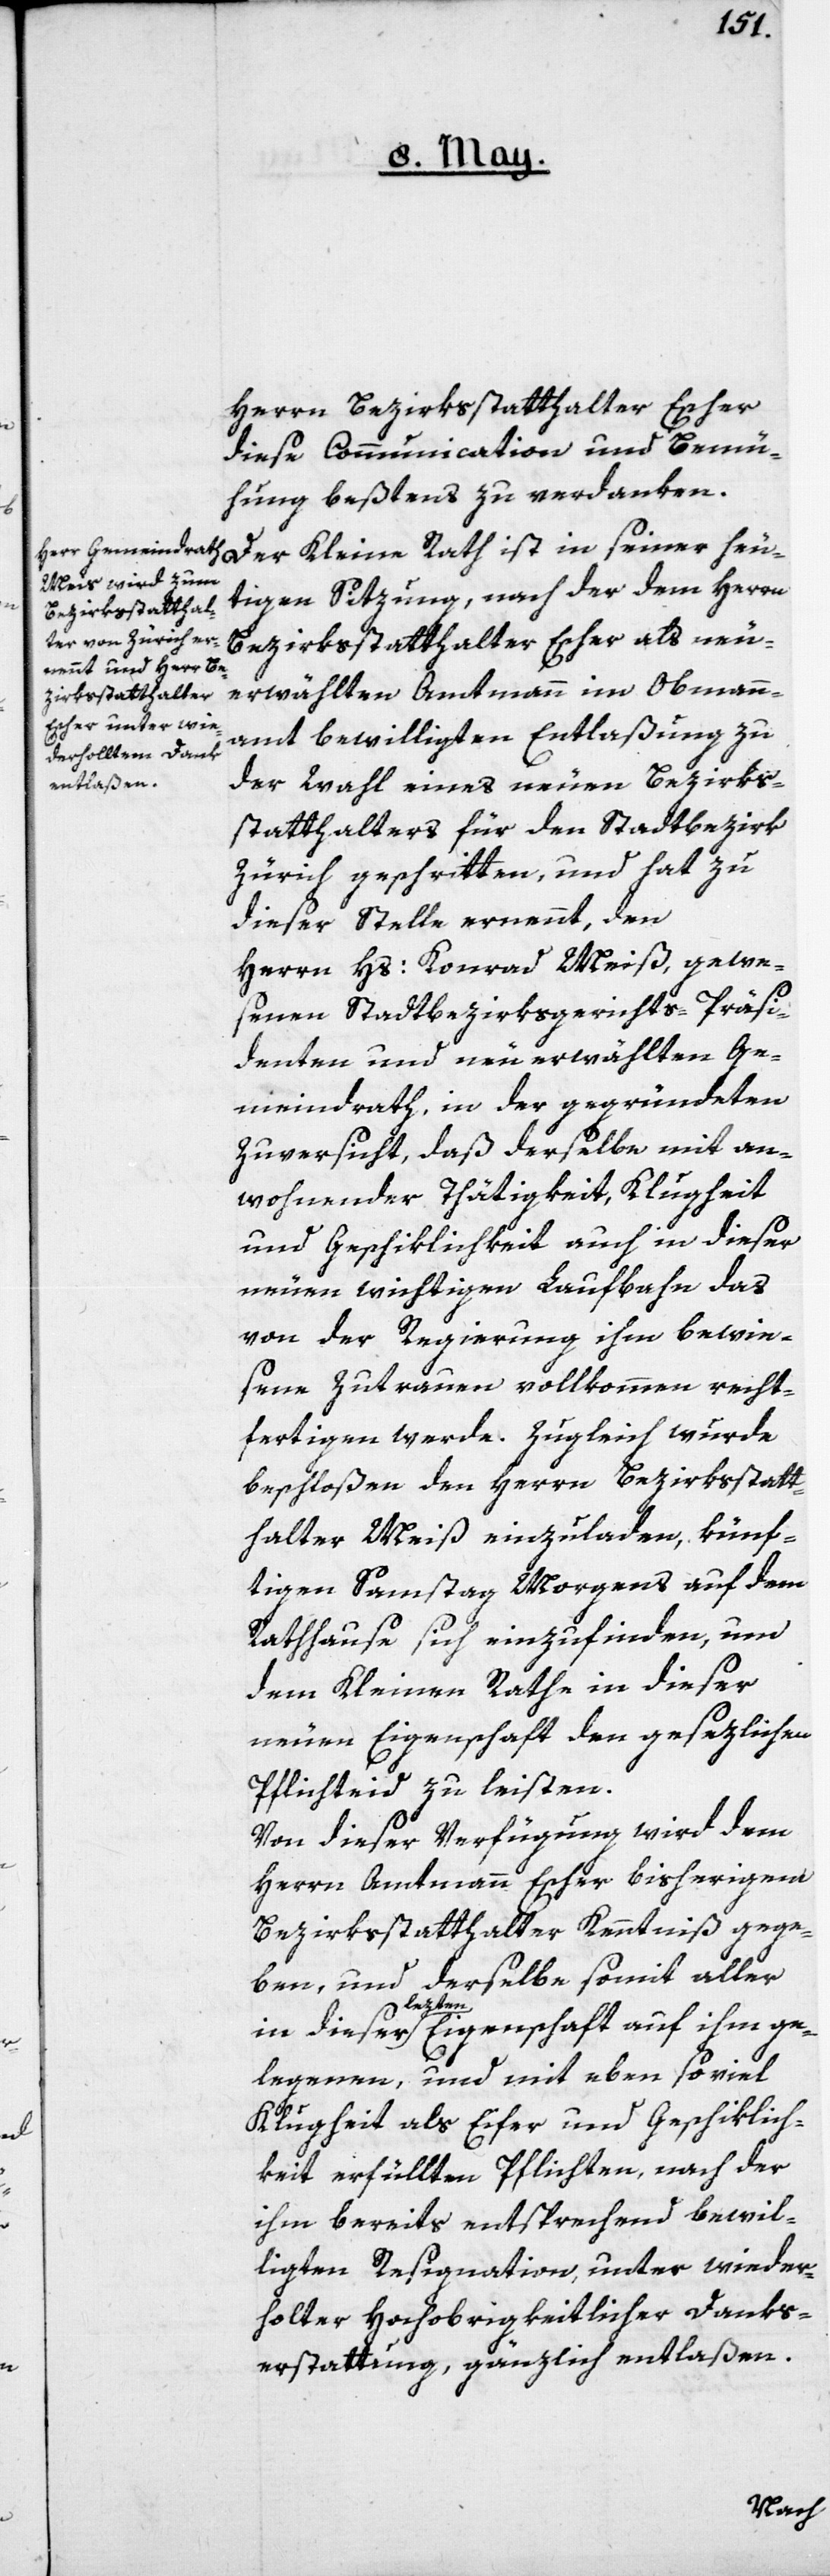
Herrn Bezirksstatthalter Escher
diese Communication und Bemü¬
hung beßtens zu verdanken.
Der Kleine Rath ist in seiner heu¬
tigen Sitzung, nach der dem Herrn
Bezirksstatthalter Escher als neu
erwählten Amtmann im Obmann¬
amt bewilligten Entlaßung zu
der Wahl eines neuen Bezirks¬
statthalters für den Stadtbezirk
Zürich geschritten, und hat zu
dieser Stelle ernennt, den
Herrn Hs: Konrad Meiß, gewe¬
senen Stadtbezirksgerichts-Präsi¬
denten und neu erwählten Ge¬
meindrath, in der gegründeten
Zuversicht, daß derselbe mit an¬
wohnender Thätigkeit, Klugheit
und Geschiklichkeit auch in dieser
neuen wichtigen Laufbahn, das
von der Regierung ihm bewie¬
sene Zutrauen vollkommen recht¬
fertigen werde. Zugleich wurde
beschloßen den Herrn Bezirksstatt¬
halter Meiß einzuladen, künf¬
tigen Samstag Morgens auf dem
Rathhause sich einzufinden, um
dem Kleinen Rathe in dieser
neuen Eigenschaft den gesezlichen
Pflichteid zu leisten.
Von dieser Verfügung wird dem
Herrn Amtmann Escher bisherigem
Bezirksstatthalter Kenntniß gege¬
ben, und derselbe somit aller
in dieser lezten Eigenschaft auf ihm ge¬
legenen, und mit eben so viel
Klugheit als Eifer und Geschiklich¬
keit erfüllten Pflichten, nach der
ihm bereits entsprechend bewil¬
ligten Resignation, unter wieder¬
holter Hochobrigkeitlicher Danks¬
erstattung, gänzlich entlaßen.